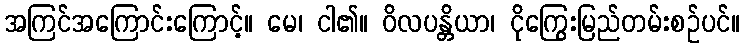
အကြင်အကြောင်းကြောင့်။ မေ၊ ငါ၏။ ဝိလပန္တိယာ၊ ငိုကြွေးမြည်တမ်းစဉ်ပင်။